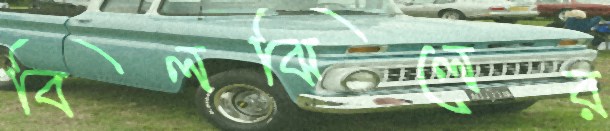
বিলঝিলের